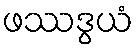
ဖဿဒွယံ